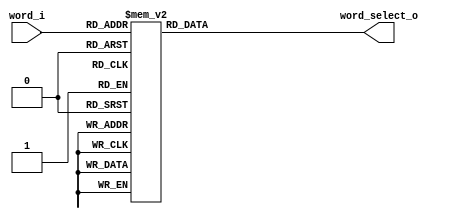
module permute_logic_y1 (
	input [3:0] word_i,
	output [15:0] word_select_o
	);

reg [15:0] word_select;
assign word_select_o = word_select;

always @(*) begin
	case (word_i)
		0 : word_select =  16'b0000001000000000; // 9
		2 : word_select =  16'b0010000000000000; // 13
		4 : word_select =  16'b0000100000000000; // 11
		6 : word_select =  16'b1000000000000000; // 15
		8 : word_select =  16'b0000000010000000; // 7
		10 : word_select = 16'b0000000000001000; // 3
		12 : word_select = 16'b0000000000100000; // 5
		14 : word_select = 16'b0000000000000010; // 1
		default : word_select =  16'b0000000000000000;
	endcase
end
	
endmodule